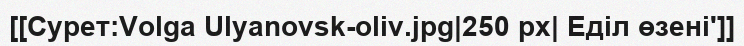
[[Сурет:Volga Ulyanovsk-oliv.jpg|250 px| Еділ өзені']]